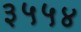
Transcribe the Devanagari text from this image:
३५५४